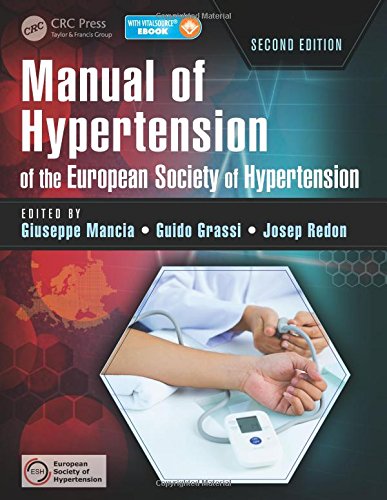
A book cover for Manual of Hypertension of the European Society of Hypertension, Second Edition; Health, Fitness & Dieting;